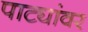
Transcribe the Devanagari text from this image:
पाट्यांवर